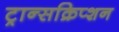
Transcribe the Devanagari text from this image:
ट्रान्सक्रिप्शन